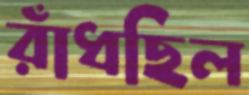
রাঁধছিল